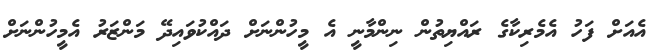
އެއަށް ފަހު އެމެރިކާގެ ރައްޔިތުން ނިންމާނީ އެ މީހުންނަށް ދައްކުވައިދޭ މަންޒަރު އެމީހުންނަށް